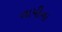
તાપીના